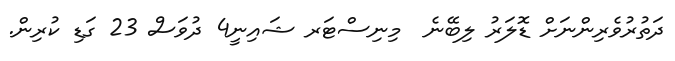
ދަތުރުވެރިންނަށް ޑޮލަރު ލިބޭނެ  މިނިސްޓަރ ޝައިނީ4 ދުވަސް 23 ގަޑި ކުރިން.